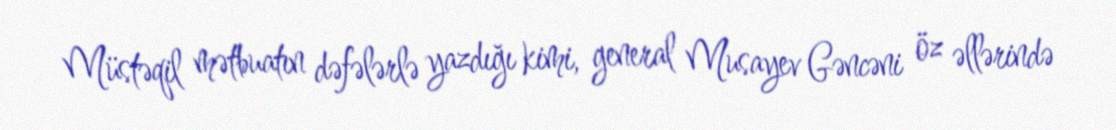
Müstəqil mətbuatın dəfələrlə yazdığı kimi, general Musayev Gəncəni öz əllərində